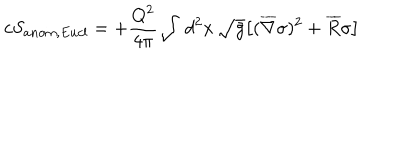
c S _ { a n o m , E u c l } = + { \frac { Q ^ { 2 } } { 4 \pi } } \int \, d ^ { 2 } x \, \sqrt { \bar { g } } \bigl [ ( { \overline { { \nabla } } } \sigma ) ^ { 2 } + \overline { { R } } \sigma \bigr ] \,